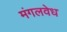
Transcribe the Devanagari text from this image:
मंगलवेध